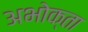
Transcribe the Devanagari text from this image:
अभोक्ता